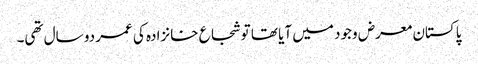
پاکستان معرض وجود میں آیا تھا تو شجاع خانزادہ کی عمر دو سال تھی۔